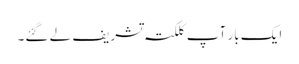
ایک بار آپ کلکتہ تشریف لے گئے۔